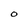
Character: 0